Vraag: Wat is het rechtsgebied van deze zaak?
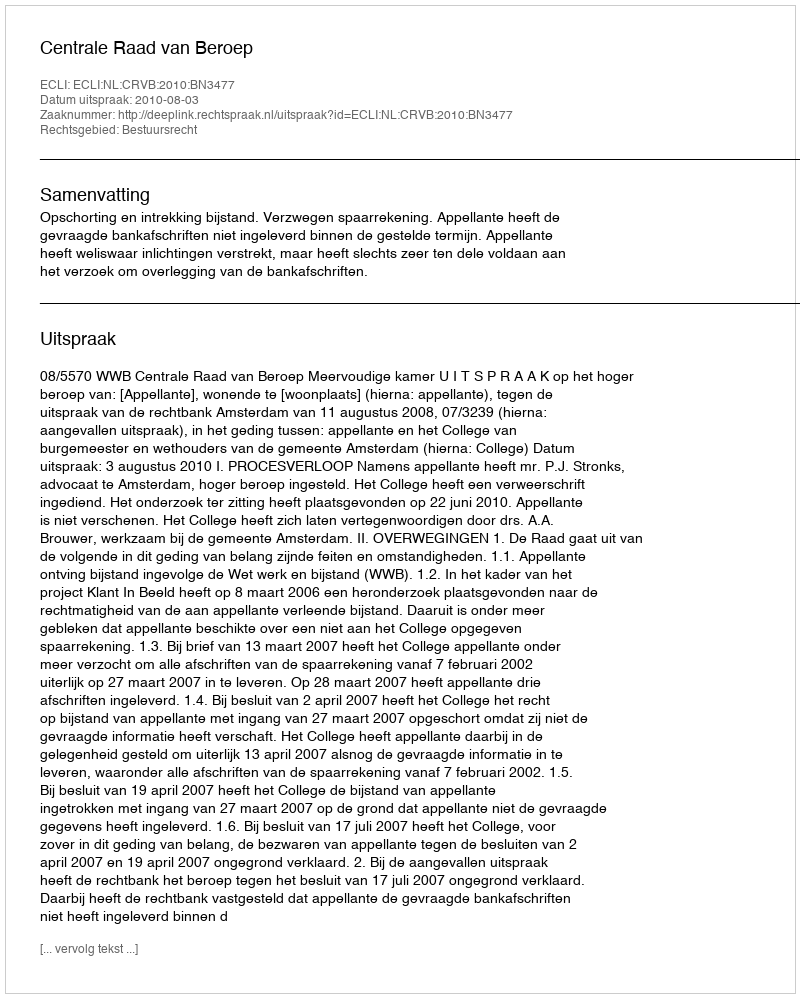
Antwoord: Bestuursrecht